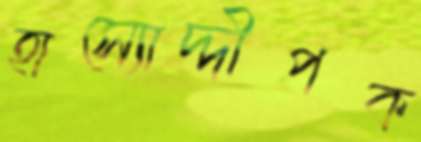
হাস্যোদ্দীপক